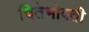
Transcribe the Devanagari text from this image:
चितेभोवती